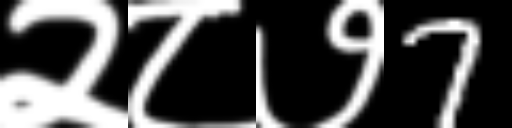
Text: २८७7